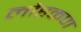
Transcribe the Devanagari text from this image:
लौहकण